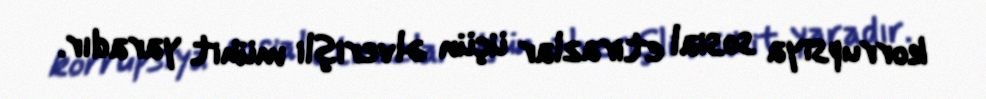
korrupsiya sosial etirazlar üçün əlverişli mühit yaradır.